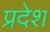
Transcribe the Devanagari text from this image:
प्रदेश्‍ा